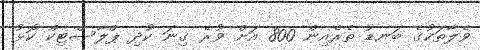
ވެލާތަކުގެ ބަނޑު ތެރެއިން 800 އަށް ވުރެ ގިނަ ކުދި ޕްލާސްޓިކް ކޮޅު